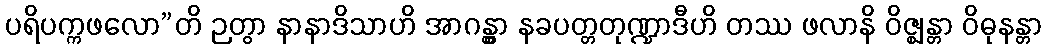
ပရိပက္ကဖလော”တိ ဉတွာ နာနာဒိသာဟိ အာဂန္တွာ နခပတ္တတုဏ္ဍာဒီဟိ တဿ ဖလာနိ ဝိဇ္ဈန္တာ ဝိဓုနန္တာ